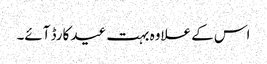
اس کے علاوہ بہت عید کارڈ آئے۔